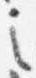
之